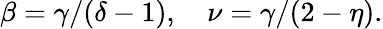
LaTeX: \beta=\gamma/(\delta-1),\quad\nu=\gamma/(2-\eta).